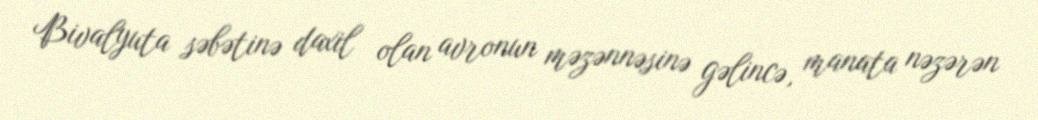
Bivalyuta səbətinə daxil olan avronun məzənnəsinə gəlincə, manata nəzərən